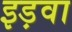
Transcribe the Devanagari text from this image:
इड़वा